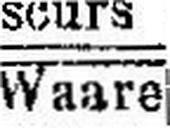
Waare